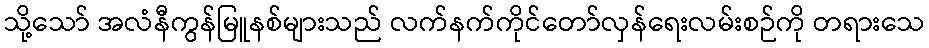
သို့သော် အလံနီကွန်မြူနစ်များသည် လက်နက်ကိုင်တော်လှန်ရေးလမ်းစဉ်ကို တရားသေ